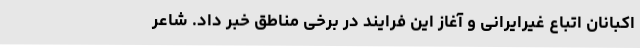
اکبانان اتباع غیرایرانی و آغاز این فرایند در برخی مناطق خبر داد. شاعر